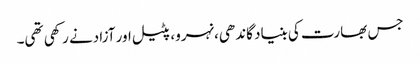
جس بھارت کی بنیاد گاندھی،نہرو، پٹیل اور آزادنے رکھی تھی۔